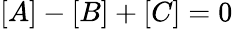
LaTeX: [A]-[B]+[C]=0